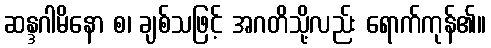
ဆန္ဒဂါမိနော စ၊ ချစ်သဖြင့် အဂတိသို့လည်း ရောက်ကုန်၏။